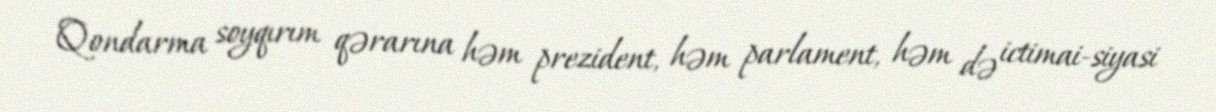
Qondarma soyqırım qərarına həm prezident, həm parlament, həm də ictimai-siyasi